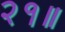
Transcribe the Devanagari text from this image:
२१॥